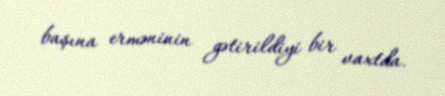
başına erməninin gətirildiyi bir vaxtda.